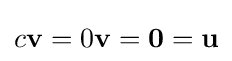
c\mathbf {v} =0\mathbf {v} =\mathbf {0} =\mathbf {u}